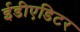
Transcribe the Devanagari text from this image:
ईडीएडिटर